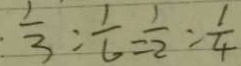
\frac { 1 } { 3 } : \frac { 1 } { 6 } = \frac { 1 } { 2 } : \frac { 1 } { 4 }